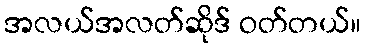
အလယ်အလတ်ဆိုဒ် ဝတ်တယ်။